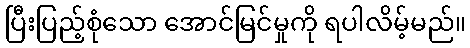
ပြီးပြည့်စုံသော အောင်မြင်မှုကို ရပါလိမ့်မည်။